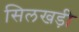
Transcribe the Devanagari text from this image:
सिलखड़ी